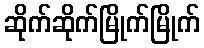
ဆိုက်ဆိုက်မြိုက်မြိုက်